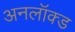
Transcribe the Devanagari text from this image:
अनलॉक्ड